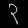
Digit: ၃